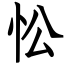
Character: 忪